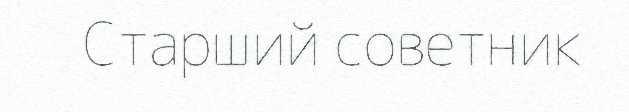
Старший советник